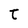
Character: t